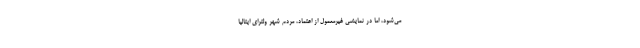
می‌شود، اما در نمایشی غیرمعمول از اعتماد، مردم شهر ولترای ایتالیا